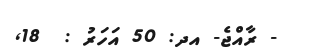
- ރާއްޖެ- އދ: 50 އަހަރު :  18